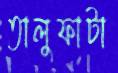
তালুফাটা